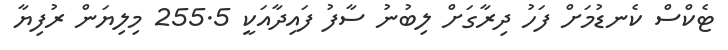
ޓެކްސް ކެނޑުމަށް ފަހު ދިރާގަށް ލިބުނު ސާފު ފައިދާއަކީ 255.5 މިލިޔަން ރުފިޔާ